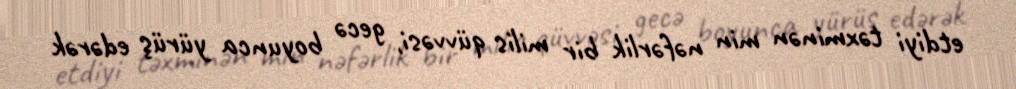
etdiyi təxminən min nəfərlik bir milis qüvvəsi, gecə boyunca yürüş edərək